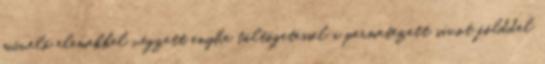
művelő elemekkel végzett enyhe töltögetéssel a permetezett sávot földdel